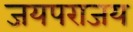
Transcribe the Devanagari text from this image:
जयपराजय